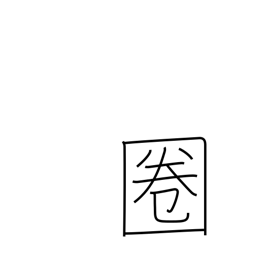
Meaning: radius